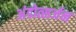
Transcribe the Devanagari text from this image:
अंडोत्सर्जन